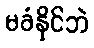
မခံနိုင်ဘဲ